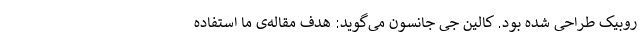
روبیک طراحی شده بود. کالین جی جانسون می‌گوید: هدف مقاله‌ی ما استفاده